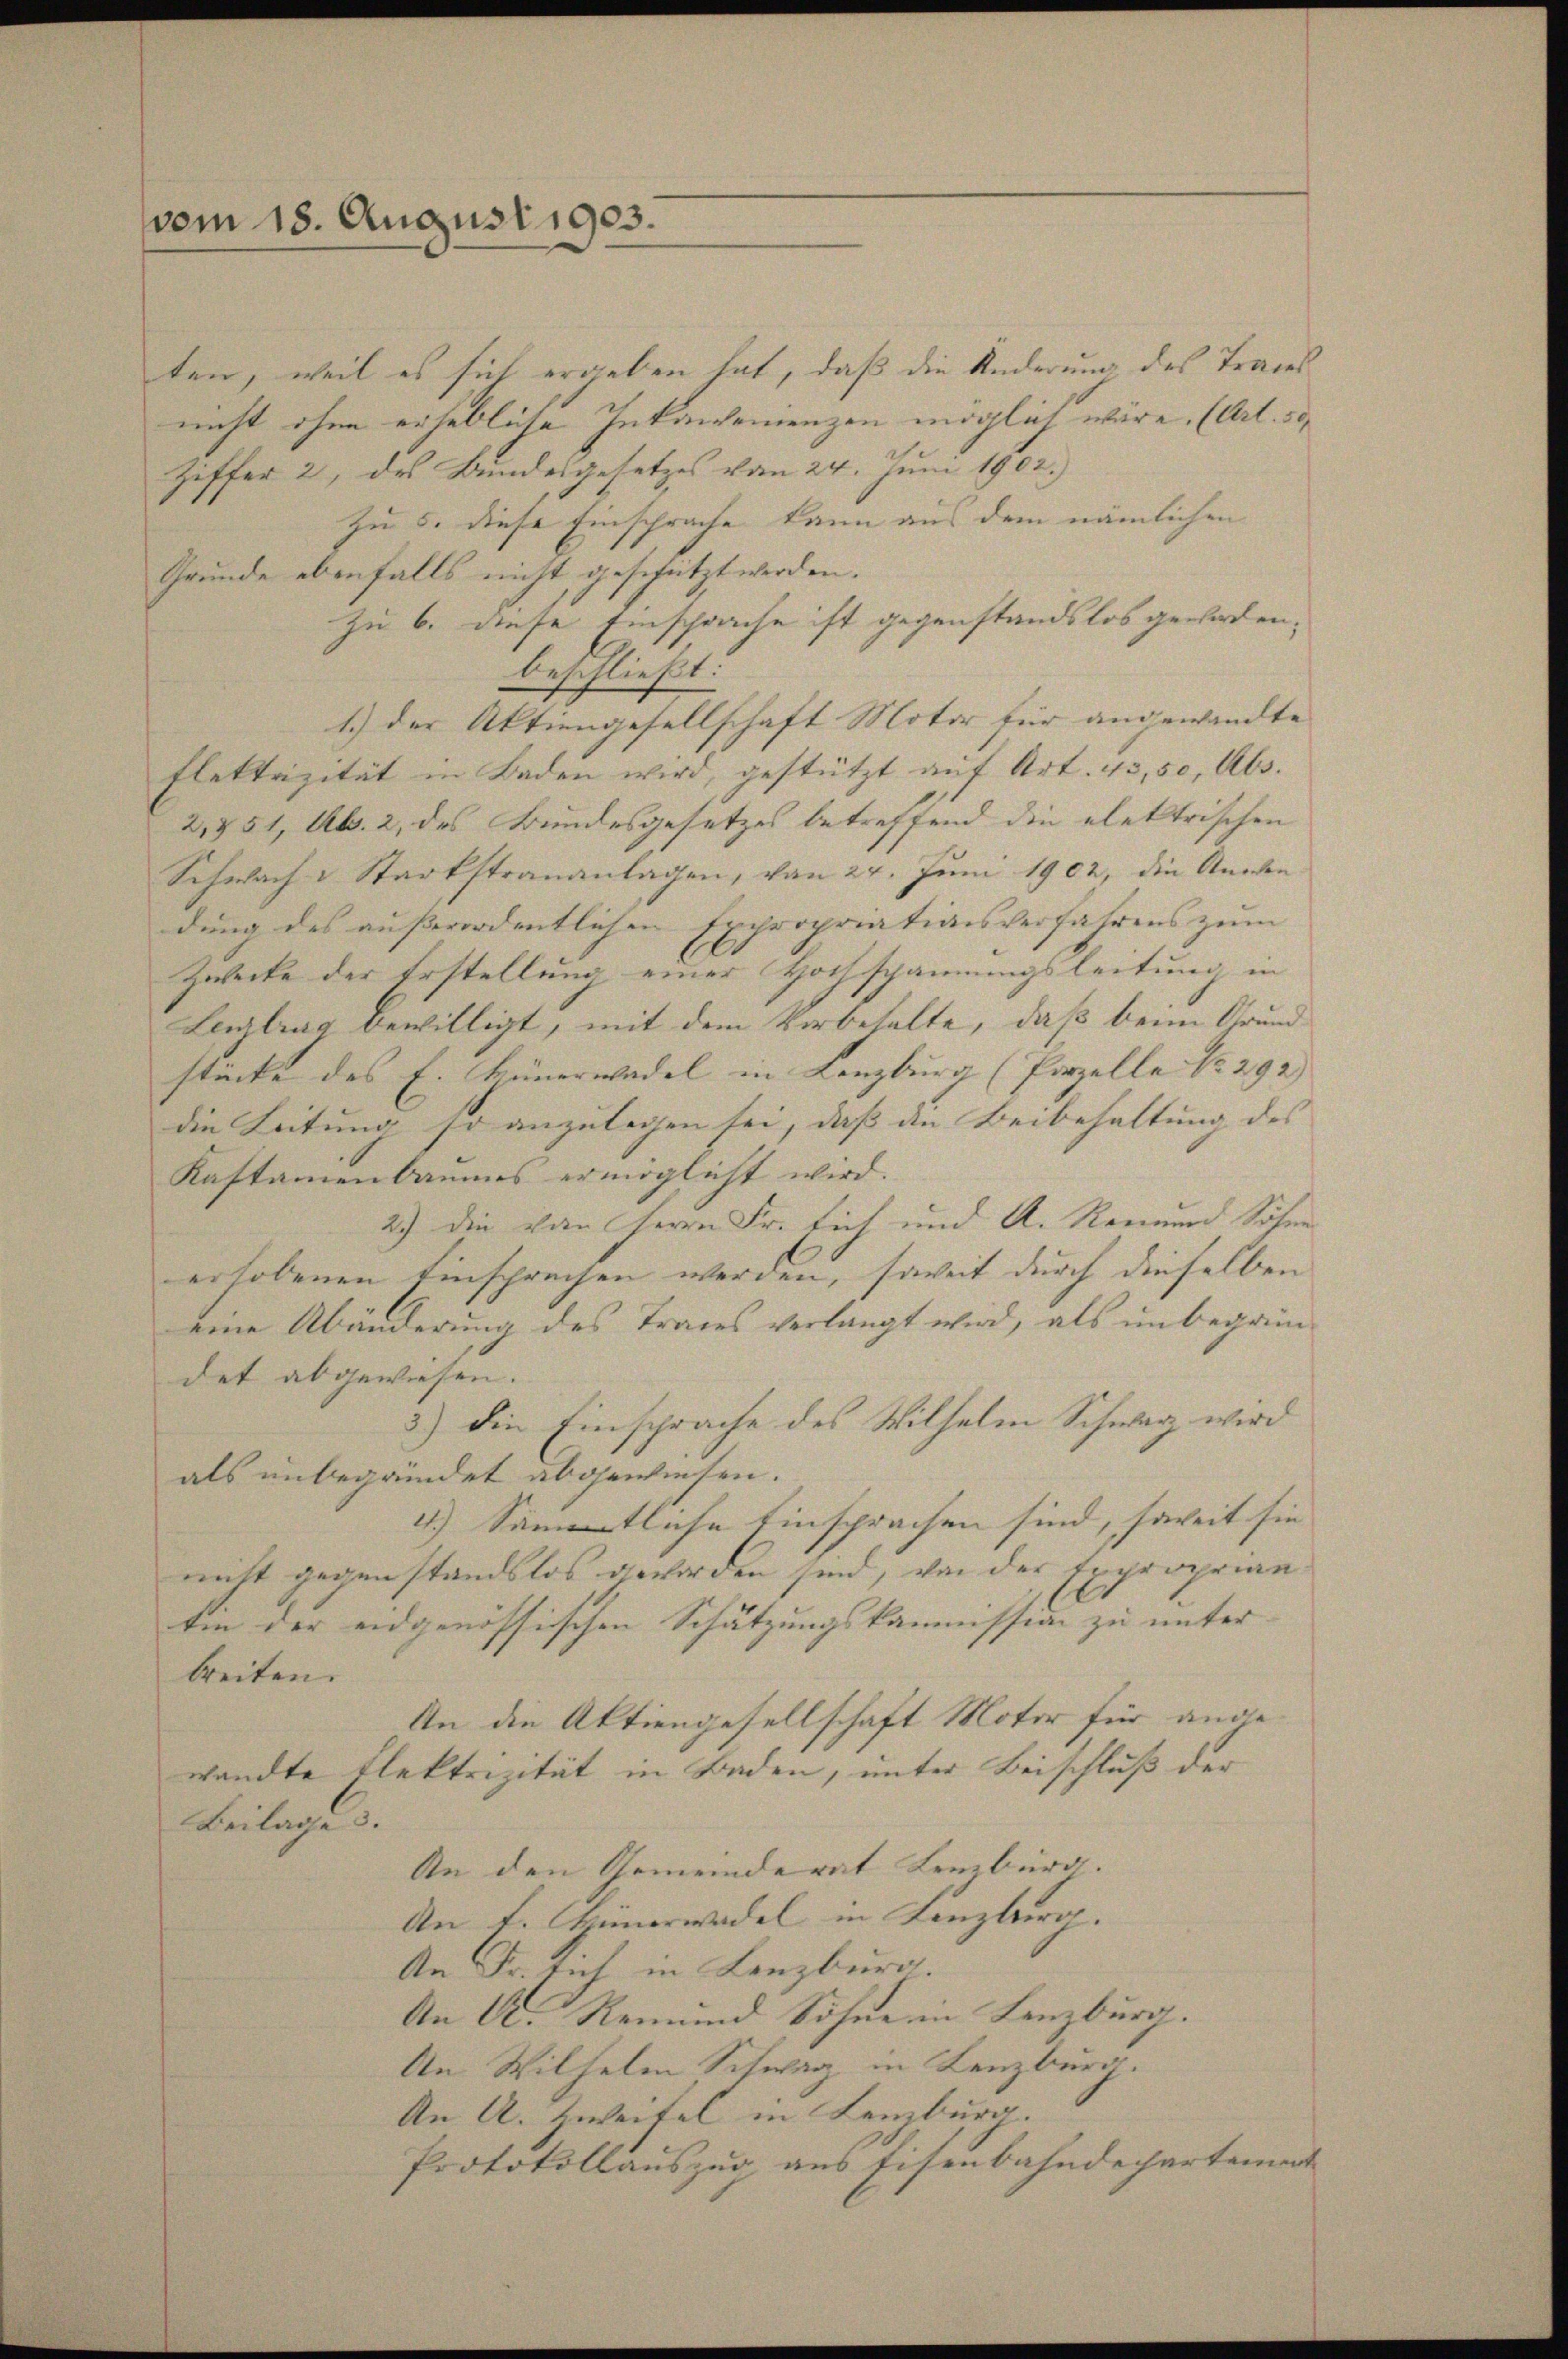
vom 18. August 1903.

ten, weil es sich ergeben hat, daß die Änderung des Trages
nicht ohne erhebliche Inkonsenienzen möglich wäre. (Art. 30
Ziffer 2, des Bundesgesetzes vom 24. Juni 1902.)
Zu 5. diese Einsprache kann aus dem nämlichen |
Grunde ebenfalls nicht geschützt werden.
zu 6. diese Einsprache ist gegenstandslos geworden,
beschließt:
1.) Der Aktiengesellschaft Motor für angewandte
Flektrizität in Baden wird, gestützt auf Art. 43,50, Abs.
2,851, Abs. 2, des Bundesgesetzes betreffend die elektrischen
Schwach & Stadtstrananlagen, von 24. Juni 1902, die Anwendung des außerordentlichen Expropriationsverfahrens zum |
Zwecke der Erstellung einer Hochspannungsleitung in
Leztrag bewilligt, mit dem Vorbehalte, daß beim Grund
stücke des E. Hünerwadel in Lenzburg (Parzelle No 292) |
die Leitung so anzulegen sei, daß die Beibehaltung des |
Kastamenbaumes ermöglicht wird.
2.) Die von Herrn Fr. sich und A. Remund Söhne
erhobenen Einsprechen werden, soweit durch dieselben
eine Abänderung des Traces verlangt wird, als unbegründet abgewiesen.
3.) Die Einsprache des Wilhelm Schwarz wird
als unbegründet abgewiesen.
4.) Sämtliche Einsprachen sind, soweit sie
nitt gegenstandslos geworden sind, von der Exproprian
ten der eidgenössischen Schätzungskommission zu unter- |
breiten.
An die Aktiengesellschaft Motor für angewandte Elektrizität in Baden, unter Beischluß der
Beilage 3.
An den Gemeinderat Lenzburg. |
An t. Hünerwadel in Lenzburg.
An Fr. sich in Lenzburg.
An A. Remund Söhne in Lenzburg.
An Wilhelm Schweiz in Lenzburg.
An A. Zweifel in Lenzburg.
Protokollauszug aus Eisenbahndepartement